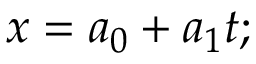
x = a _ { 0 } + a _ { 1 } t ; \,